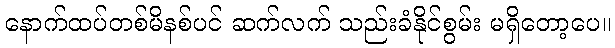
နောက်ထပ်တစ်မိနစ်ပင် ဆက်လက် သည်းခံနိုင်စွမ်း မရှိတော့ပေ။